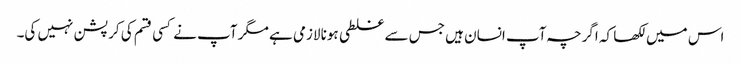
اس میں لکھا کہ اگرچہ آپ انسان ہیں جس سے غلطی ہونا لازمی ہے مگر آپ نے کسی قسم کی کرپشن نہیں کی۔